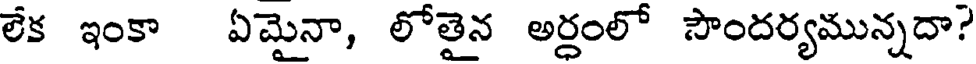
లేక ఇంకా ఏమైనా, లోతైన అర్ధంలో సౌందర్యమున్నదా?